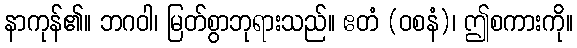
နာကုန်၏။ ဘဂဝါ၊ မြတ်စွာဘုရားသည်။ ဧတံ (ဝစနံ)၊ ဤစကားကို။